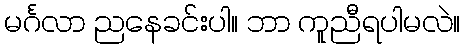
မင်္ဂလာ ညနေခင်းပါ။ ဘာ ကူညီရပါမလဲ။